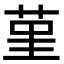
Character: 𦰌